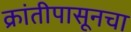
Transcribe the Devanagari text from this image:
क्रांतीपासूनचा